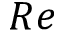
R e